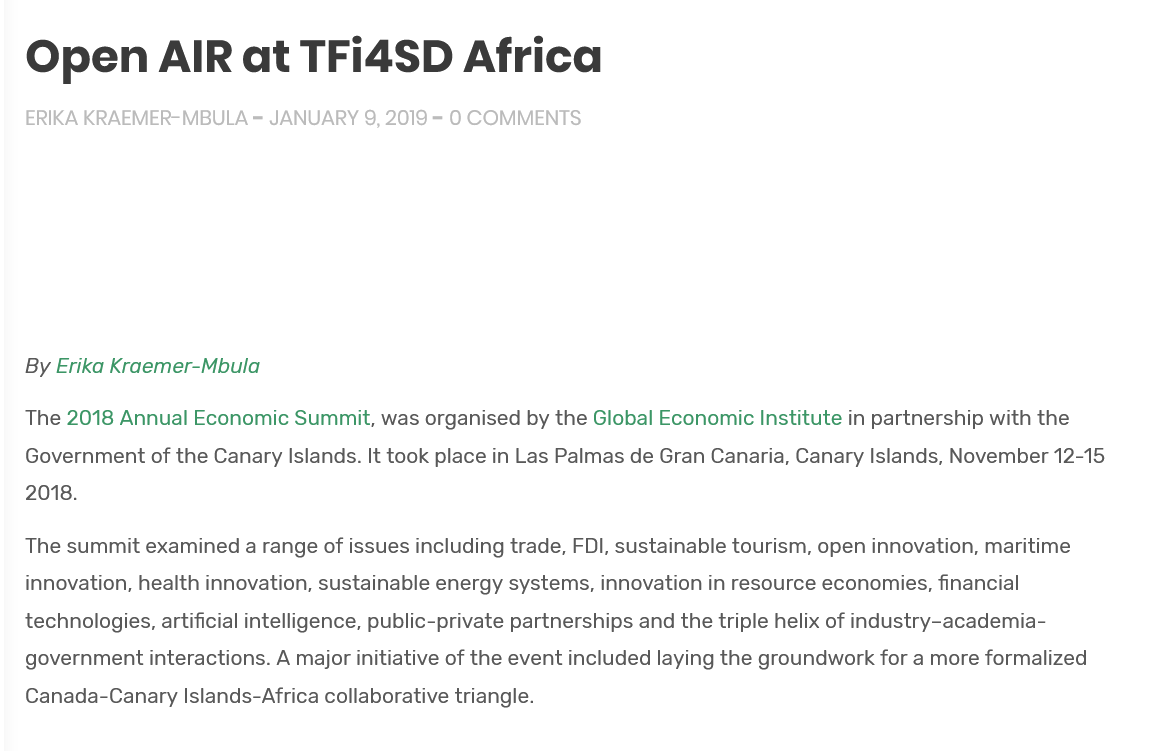
Open    AIR    at    TFi4SD    Africa
   By Erika Kraemer-Mbula
   The 2018 Annual Economic  Summit, was  organised by the Global Economic Institute in partnership with the
   Government of  the Canary Islands. It took place in Las Palmas de Gran Canaria, Canary Islands, November 12-15
   2018.
   The summit  examined a range of issues including trade, FDI, sustainable tourism, open innovation, maritime
   innovation, health innovation, sustainable energy systems, innovation in resource economies, financial
   technologies, artificial intelligence, public-private partnerships and the triple helix of industry-academia-
   government interactions. A major initiative of the event included laying the groundwork for a more formalized
   Canada-Canary  Islands-Africa collaborative triangle.
     O COMMENTS ERIKA KRAEMER-MBULA = JANUARY 9, 2019